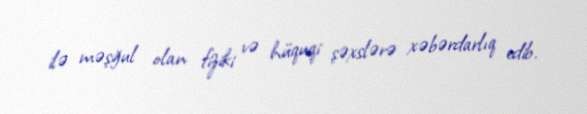
ilə məşğul olan fiziki və hüquqi şəxslərə xəbərdarlıq edib.